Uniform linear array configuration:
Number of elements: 24
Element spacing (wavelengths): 1
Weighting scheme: uniform
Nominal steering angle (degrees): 15
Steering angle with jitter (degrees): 14.232
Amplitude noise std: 0.05
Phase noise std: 0.05

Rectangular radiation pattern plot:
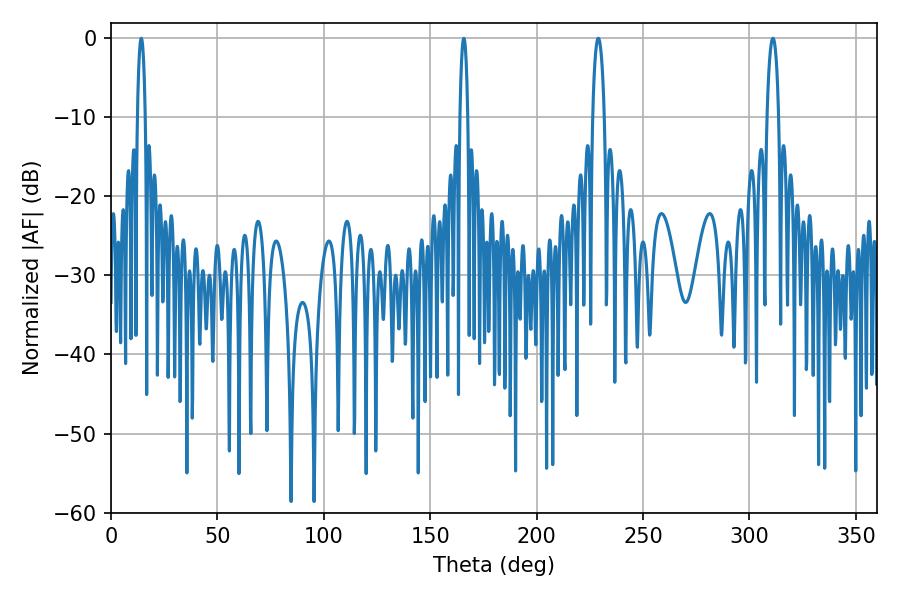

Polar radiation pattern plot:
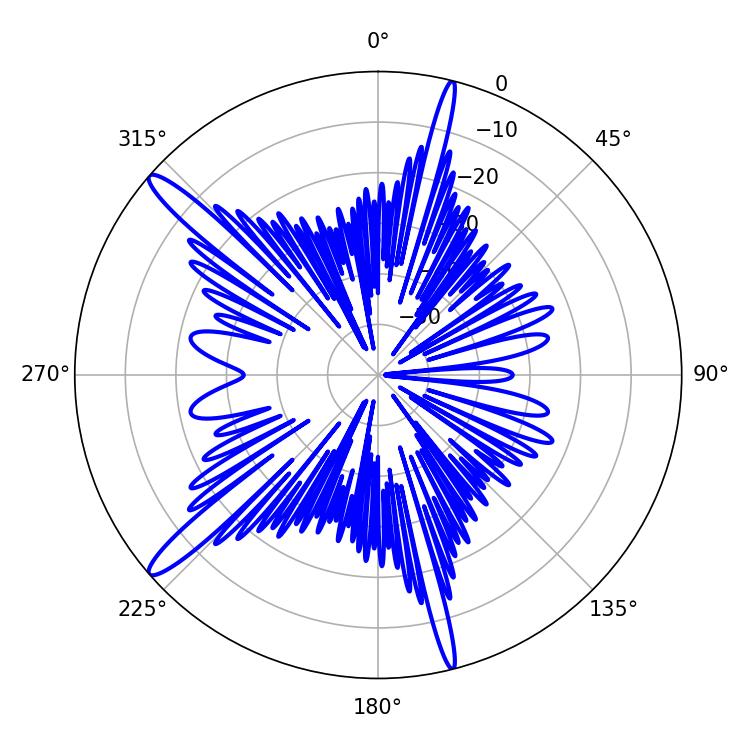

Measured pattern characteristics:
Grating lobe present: TRUE
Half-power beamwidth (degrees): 2.16
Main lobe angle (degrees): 14.22